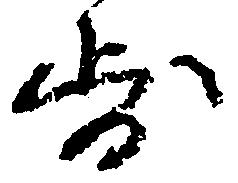
歩